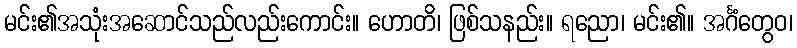
မင်း၏အသုံးအဆောင်သည်လည်းကောင်း။ ဟောတိ၊ ဖြစ်သနည်း။ ရညော၊ မင်း၏။ အင်္ဂံတွေဝ၊